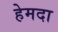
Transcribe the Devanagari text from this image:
हेमदा